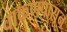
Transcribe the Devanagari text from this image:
वाकणपासून